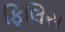
ફિલિસ